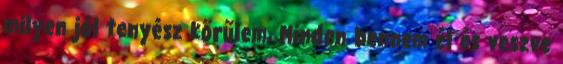
milyen jól tenyész körűlem, Minden bennem él és veszve